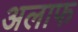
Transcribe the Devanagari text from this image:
अलाफ